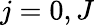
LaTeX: j=0,J